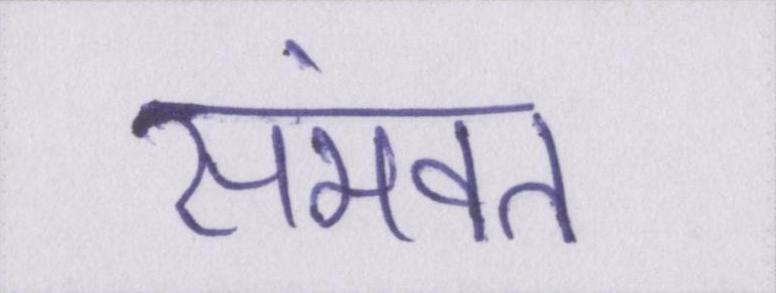
संभवत